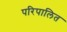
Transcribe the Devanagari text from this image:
परिपालित